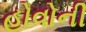
હોવોની